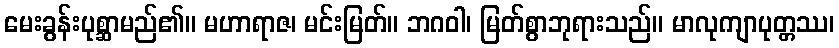
မေးခွန်းပုစ္ဆာမည်၏။ မဟာရာဇ၊ မင်းမြတ်။ ဘဂဝါ၊ မြတ်စွာဘုရားသည်။ မာလုကျာပုတ္တဿ၊